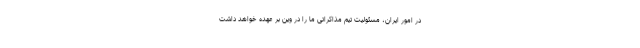
در امور ایران، مسئولیت تیم مذاکراتی ما را در وین بر عهده خواهد داشت